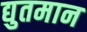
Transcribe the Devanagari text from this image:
द्युतमान